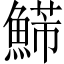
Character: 𩹩